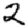
Digit: 2